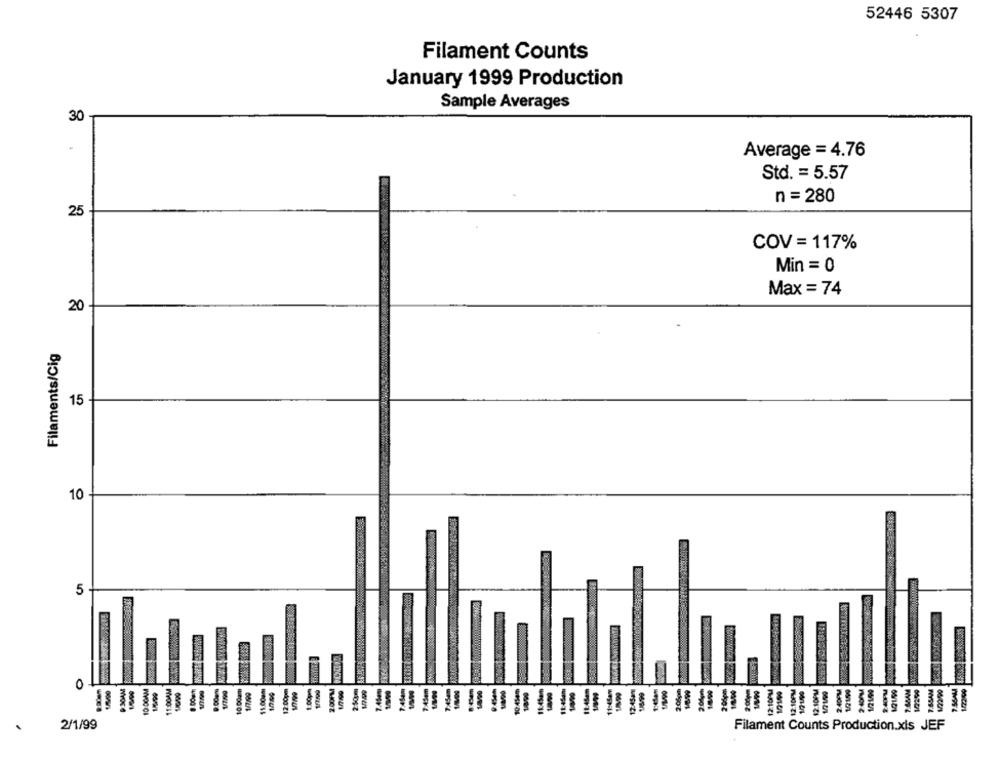
52446 5307
Filament Counts
January 1999 Production
Sample Averages
30
Average = 4.76
Std. = 5.57
n = 280
25
COV = 117%
Min = 0
Max = 74
20
Filaments/Cig
15
10
5
O
11:00pm
12:00pm
2.00PM
-
-
-
₩200 04
2/1/99
Filament Counts Production.xls JEF